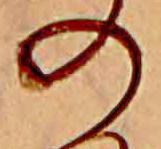
の